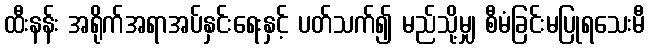
ထီးနန်း အရိုက်အရာအပ်နှင်းရေးနှင့် ပတ်သက်၍ မည်သို့မျှ စီမံခြင်းမပြုရသေးမီ